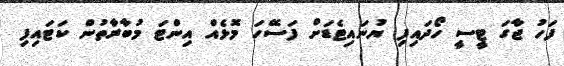
ފަހު ޖާގަ ޓީސީ ހޯދައިފި ޔުނައިޓެޑަށް ފަސޭހަ މޮޅެއް އިންޓަ މުބާރާތުން ކަޓައިފި